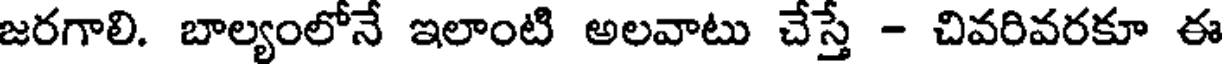
జరగాలి. బాల్యంలోనే ఇలాంటి అలవాటు చేస్తే - చివరివరకూ ఈ